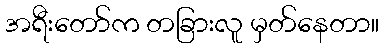
အရီးတော်က တခြားလူ မှတ်နေတာ။